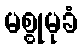
မစ္စုမုခံ